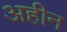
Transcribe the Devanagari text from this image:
अहीन